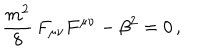
\frac { m ^ { 2 } } { 8 } \, F _ { \mu \nu } F ^ { \mu \nu } - \beta ^ { 2 } = 0 \, ,